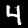
Digit: 4